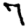
Digit: 7